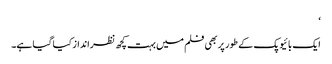
‘
ایک بائیوپک کے طور پر بھی فلم میں بہت کچھ نظرانداز کیا گیا ہے۔